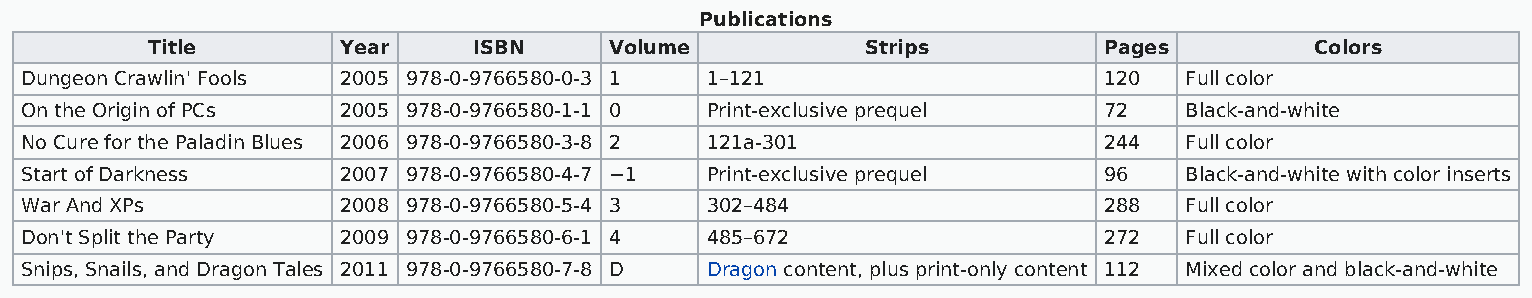
Publications
 Title       Year     ISBN     Volume           Strips          Pages         Colors
 Dungeon Crawlin' Fools 2005 978-0-9766580-0-3 1 1–121                   120  Full color
 On the Origin of PCs 2005 978-0-9766580-1-1 0 Print-exclusive prequel   72   Black-and-white
 No Cure for the Paladin Blues 2006 978-0-9766580-3-8 2 121a-301         244  Full color
 Start of Darkness    2007 978-0-9766580-4-7 −1 Print-exclusive prequel  96   Black-and-white with color inserts
 War And XPs          2008 978-0-9766580-5-4 3 302–484                   288  Full color
 Don't Split the Party 2009 978-0-9766580-6-1 4 485–672                  272  Full color
 Snips, Snails, and Dragon Tales 2011 978-0-9766580-7-8 D Dragon content, plus print-only content 112 Mixed color and black-and-white